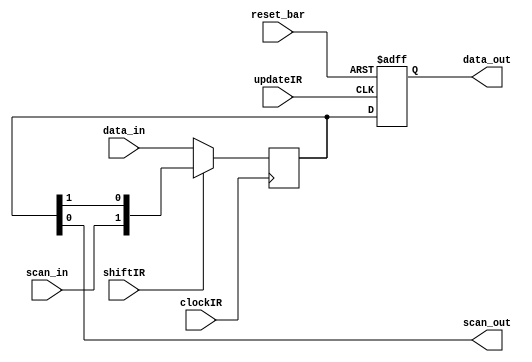
module Instruction_Register (data_out, data_in, scan_out, scan_in,  shiftIR, clockIR, updateIR, reset_bar);
parameter IR_size = 2;
output 	[IR_size -1: 0]	data_out;
output			scan_out;
input	[IR_size -1: 0]	data_in;
input			scan_in;
input			shiftIR, clockIR, updateIR, reset_bar;
reg	[IR_size -1: 0]	IR_Scan_Register, IR_Output_Register;

assign			data_out = IR_Output_Register;
assign			scan_out = IR_Scan_Register [0];

always @ (posedge clockIR) IR_Scan_Register <= shiftIR ? {scan_in, IR_Scan_Register [IR_size - 1: 1]} : data_in;
 
always @ ( posedge updateIR or negedge reset_bar)	
  if (reset_bar == 0) IR_Output_Register <= ~(0);		// Fills IR with 1s for BYPASS instruction 
  else IR_Output_Register <= IR_Scan_Register;

endmodule